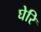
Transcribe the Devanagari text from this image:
घेरि